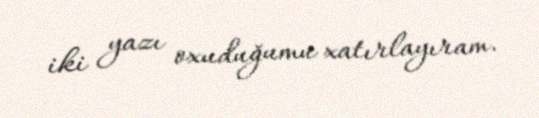
iki yazı oxuduğumu xatırlayıram.